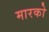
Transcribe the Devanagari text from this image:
मारको